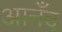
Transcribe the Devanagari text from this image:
आनँद